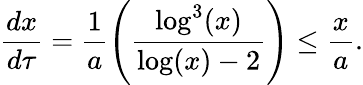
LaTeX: \frac{dx}{d\tau}=\frac{1}{a}\left(\frac{\log^{3}(x)}{\log(x)-2}\right)\leq\frac{x}{a}.